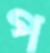
প